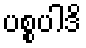
ပစ္စပါဒိ